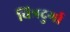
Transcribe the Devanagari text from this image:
चित्रदुर्गा